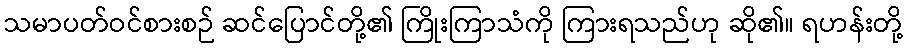
သမာပတ်ဝင်စားစဉ် ဆင်ပြောင်တို့၏ ကြိုးကြာသံကို ကြားရသည်ဟု ဆို၏။ ရဟန်းတို့